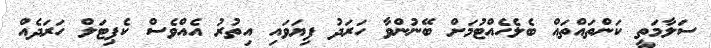
ސަލާމަތީ ކަންތައްތައް ބެލެހެއްޓުމަށް ބޭނުންވާ ހަރަދު ފިޔަވައި އިތުރު އެއްވެސް ކެޕިޓަލް ހަރަދެއް